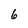
Character: 6